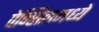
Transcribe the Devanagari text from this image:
पेन्सिलमध्ये